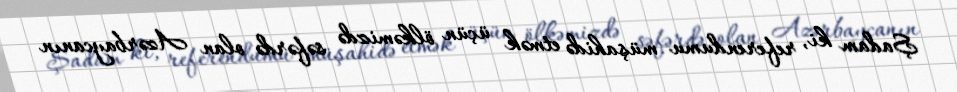
Şadam ki, referendumu müşahidə etmək üçün ölkəmizdə səfərdə olan Azərbaycanın